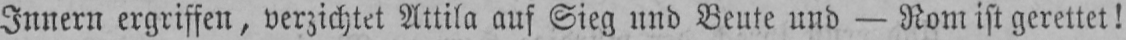
Innern ergriffen, verzichtet Attila auf Sieg und Beute und - Rom ist gerettet!